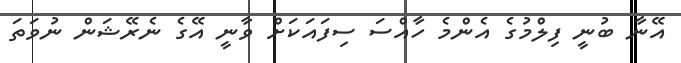
އޭނާ ބުނީ ފިލްމުގެ އެންމެ ހާއްސަ ސިފައަކަށް ވާނީ އޭގެ ނެރޭޝަން ނުވަތަ